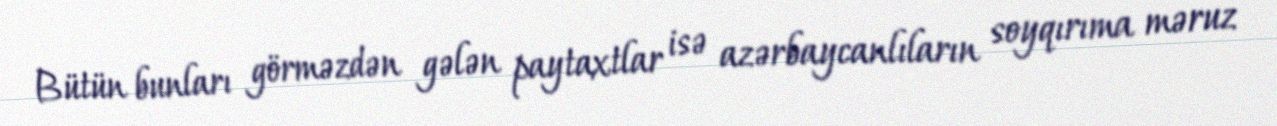
Bütün bunları görməzdən gələn paytaxtlar isə azərbaycanlıların soyqırıma məruz